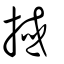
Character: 掝